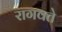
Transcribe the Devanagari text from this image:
रागवते